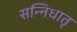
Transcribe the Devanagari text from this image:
सन्निधातृ